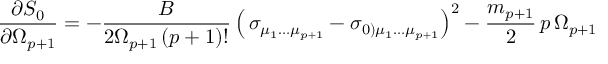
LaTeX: { \frac { \partial S _ { 0 } } { \partial \Omega _ { p + 1 } } } = - { \frac { B } { 2 \Omega _ { p + 1 } \, ( p + 1 ) ! } } \left( \, \sigma _ { \mu _ { 1 } \dots \mu _ { p + 1 } } - \sigma _ { 0 ) \mu _ { 1 } \dots \mu _ { p + 1 } } \right) ^ { 2 } - \frac { m _ { p + 1 } } { 2 } \, p \, \Omega _ { p + 1 } \,